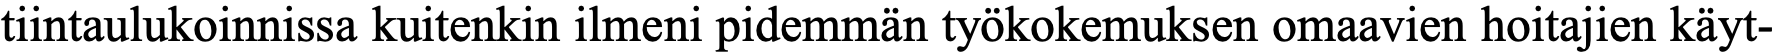
tiintaulukoinnissa kuitenkin ilmeni pidemmän työkokemuksen omaavien hoitajien käyt-